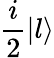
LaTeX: \frac{i}{2}\left|l\right\rangle